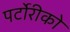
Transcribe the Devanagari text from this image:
पर्टोरीको